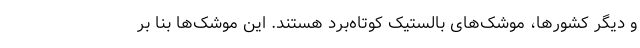
و دیگر کشورها، موشک‌های بالستیک کوتاه‌برد هستند. این موشک‌ها بنا بر